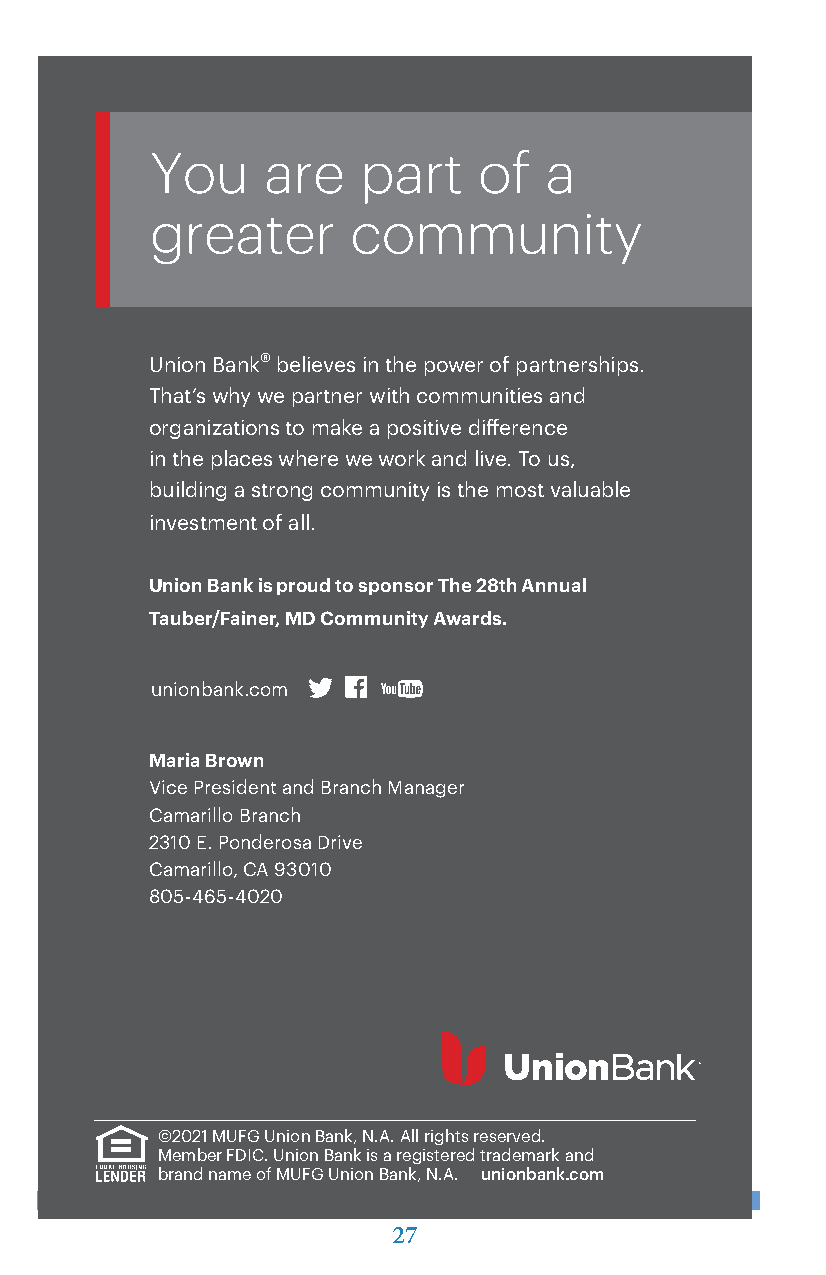
You    are    part    of  a
 greater      community
 Union Bank® believes in the power of partnerships.
 That’s why we partner with communities and
 organizations to make a positive difference
 in the places where we work and live. To us,
 building a strong community is the most valuable
 investment of all.
 Union Bank is proud to sponsor The 28th Annual
 Tauber/Fainer, MD Community Awards.
 unionbank.com
 Maria Brown
 Vice President and Branch Manager
 Camarillo Branch
 2310 E. Ponderosa Drive
 Camarillo, CA 93010
 805-465-4020
 ©2021 MUFG Union Bank, N.A. All rights reserved.
 Member FDIC. Union Bank is a registered trademark and
 brand name of MUFG Union Bank, N.A. unionbank.com
 27